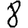
Digit: 8